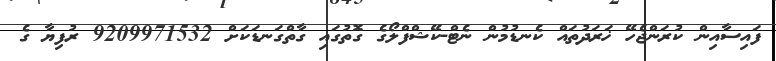
ފައިސާއިން ކުރަންޖެހޭ ޚަރަދުތައް ކެނޑުމުން ނެޓް-ކޭޝްފްލޯގެ ގޮތުގައި ގާތްގަނޑަކަށް 9209971532 ރުފިޔާ ގެ